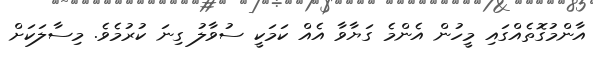
އާންމުގޮތެއްގައި މީހުން އެންމެ ގަޔާވާ އެއް ކަމަކީ ސުވާލު ގިނަ ކުރުމެވެ. މިސާލަކަށް